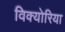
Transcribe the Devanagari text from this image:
विक्योरिया